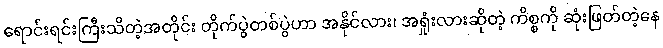
ရောင်းရင်းကြီးသိတဲ့အတိုင်း တိုက်ပွဲတစ်ပွဲဟာ အနိုင်လား၊ အရှုံးလားဆိုတဲ့ ကိစ္စကို ဆုံးဖြတ်တဲ့နေ